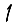
Digit: 1